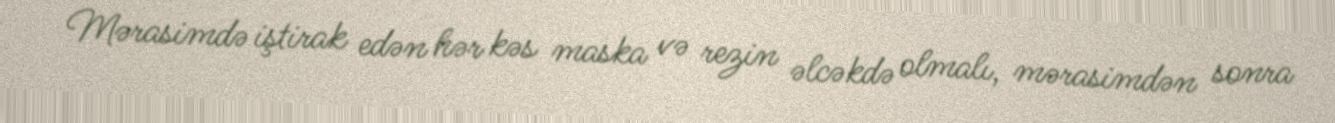
Mərasimdə iştirak edən hər kəs maska və rezin əlcəkdə olmalı, mərasimdən sonra